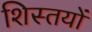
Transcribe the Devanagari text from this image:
शिस्तयों